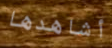
أشاهدها